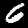
Digit: 6